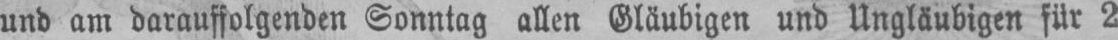
und am darauffolgenden Sonntag allen Gläubigen und Ungläubigen für 2